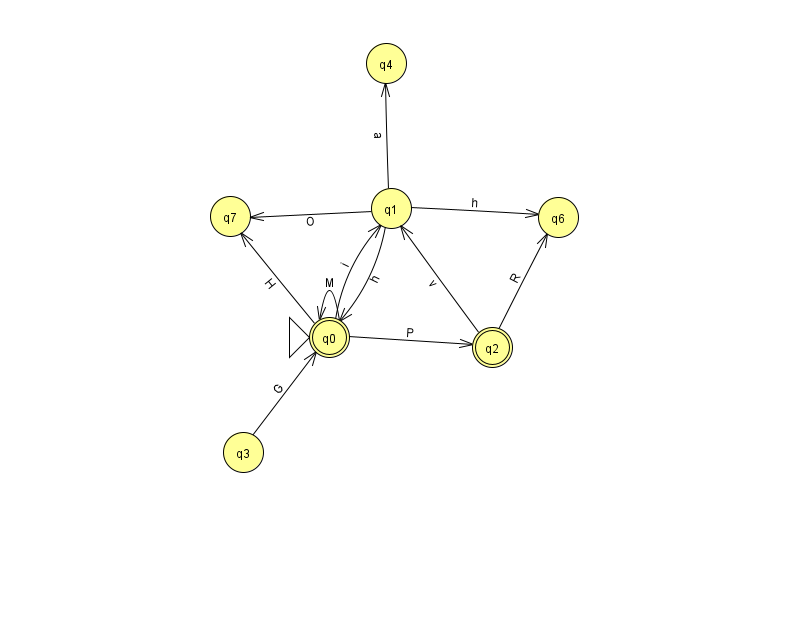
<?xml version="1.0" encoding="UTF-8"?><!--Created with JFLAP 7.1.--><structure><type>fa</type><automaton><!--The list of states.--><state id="0" name="q0"><x>329.0</x><y>324.0</y><initial/><final/></state><state id="1" name="q1"><x>391.0</x><y>195.0</y></state><state id="2" name="q2"><x>492.0</x><y>334.0</y><final/></state><state id="3" name="q3"><x>243.0</x><y>439.0</y></state><state id="4" name="q4"><x>386.0</x><y>50.0</y></state><state id="6" name="q6"><x>558.0</x><y>204.0</y></state><state id="7" name="q7"><x>230.0</x><y>203.0</y></state><!--The list of transitions.--><transition><from>1</from><to>6</to><read>h</read></transition><transition><from>0</from><to>7</to><read>H</read></transition><transition><from>1</from><to>7</to><read>O</read></transition><transition><from>2</from><to>6</to><read>R</read></transition><transition><from>2</from><to>1</to><read>v</read></transition><transition><from>0</from><to>2</to><read>P</read></transition><transition><from>1</from><to>4</to><read>a</read></transition><transition><from>3</from><to>0</to><read>G</read></transition><transition><from>0</from><to>0</to><read>M</read></transition><transition><from>0</from><to>1</to><read>i</read></transition><transition><from>1</from><to>0</to><read>h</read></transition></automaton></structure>